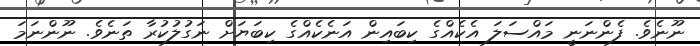
ނޫނެވެ. ފެންނަނީ މައްސަލަ އެކެއްގެ ކިބައިން އަނެކެއްގެ ކިބަޔަށް ނަގުލުކުރާ ތަނެވެ. ނޫންނަމަ